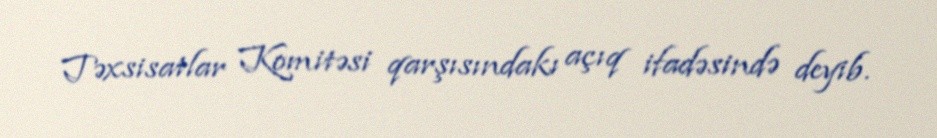
Təxsisatlar Komitəsi qarşısındakı açıq ifadəsində deyib.